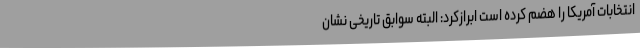
انتخابات آمریکا را هضم کرده است ابرازکرد: البته سوابق تاریخی نشان